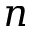
n